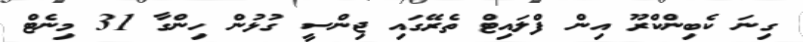
ގިނަ ކެބިންކްރޫ އިން ފްލައިޓް ތެރޭގައި ޖިންސީ ގުޅުން ހިންގާ 31 މިނެޓް